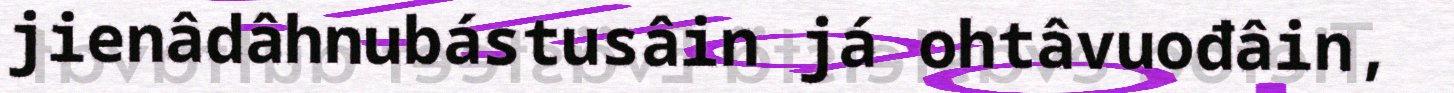
jienâdâhnubástusâin já ohtâvuođâin,